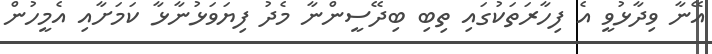
އޭނާ ވިދާޅުވީ އެ ފިހާރަތަކުގައި ތިބި ބިދޭސީންނާ މެދު ފިޔަވަޅުނާޅާ ކަމަށާއި އެމީހުން